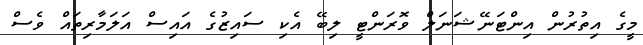
މީގެ އިތުރުން އިންޓަނޭޝަނަލް ވޮރަންޓީ ލިބޭ އެކި ސައިޒުގެ އައިސް އަލަމާރިތައް ވެސް